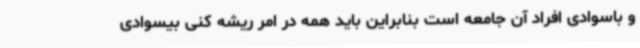
و باسوادی افراد آن جامعه است بنابراین باید همه در امر ریشه کنی بیسوادی